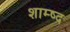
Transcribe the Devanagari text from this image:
शाम्ष्द